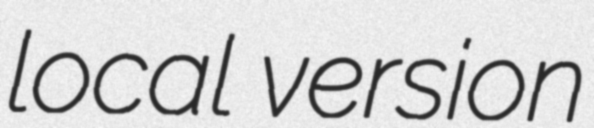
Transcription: local version